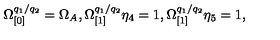
\Omega _ { \lbrack 0 ] } ^ { q _ { 1 } / q _ { 2 } } = \Omega _ { A } , \Omega _ { \lbrack 1 ] } ^ { q _ { 1 } / q _ { 2 } } \eta _ { 4 } = 1 , \Omega _ { \lbrack 1 ] } ^ { q _ { 1 } / q _ { 2 } } \eta _ { 5 } = 1 ,